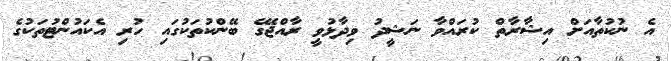
އެ ނުކުތާއަށް އިޝާރާތް ކުރައްވާ ނަޝީދު ވިދާޅުވީ ރާއްޖޭގެ ބޭންކުތަކުގައި ހުރި އެކައުންޓުތަކުގެ